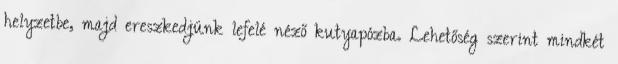
helyzetbe, majd ereszkedjünk lefelé néző kutyapózba. Lehetőség szerint mindkét